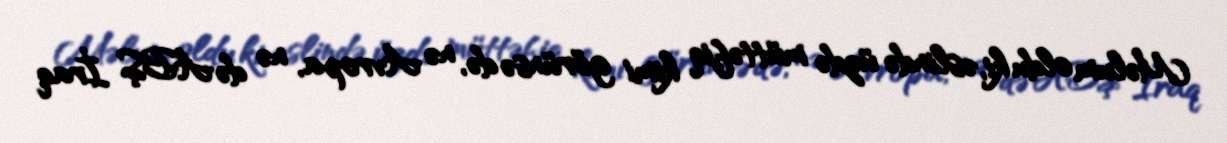
Məlum oldu ki, əslində üzdə müttəfiq kimi görünsə də, nə Avropa, nə də ABŞ İraq